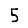
Digit: 5